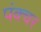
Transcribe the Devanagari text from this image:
पंक्‍चर